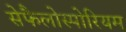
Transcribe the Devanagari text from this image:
सेफैलोस्पोरियम